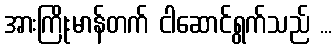
အားကြိုးမာန်တက် ငါဆောင်ရွက်သည် ...